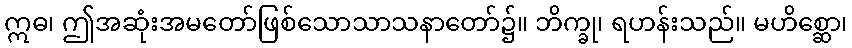
ဣဓ၊ ဤအဆုံးအမတော်ဖြစ်သောသာသနာတော်၌။ ဘိက္ခု၊ ရဟန်းသည်။ မဟိစ္ဆော၊